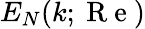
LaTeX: E_{N}(k;\mathrm{~R~e~})